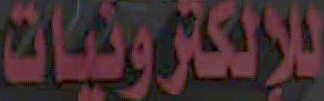
للإلكترونيات